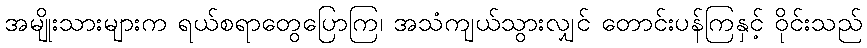
အမျိုးသားများက ရယ်စရာတွေပြောကြ၊ အသံကျယ်သွားလျှင် တောင်းပန်ကြနှင့် ဝိုင်းသည်